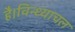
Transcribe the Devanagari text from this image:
है।विन्ध्याचल